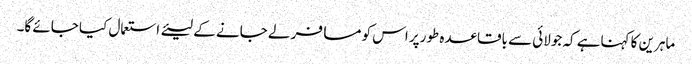
ماہرین کا کہناہے کہ جولائی سے باقاعدہ طورپر اس کو مسافر لے جانے کے لیئے استعمال کیا جائے گا۔